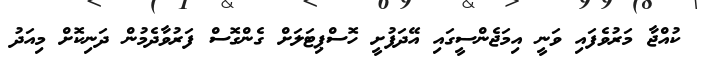
ކުއްޖާ މަރުވެފައި ވަނީ އިމަޖެންސީގައި އޭދަފުށީ ހޮސްޕިޓަލަށް ގެންގޮސް ފަރުވާދެމުން ދަނިކޮށް މިއަދު